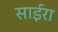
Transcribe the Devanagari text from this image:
साईरा